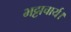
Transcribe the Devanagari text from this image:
भट्टाचार्य।